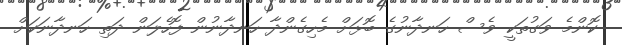
ކޮންމެ ވަގުތަކީ ވެސް ހަނދާނުގެ ބޮޅަށް މެހިގެންދާ ހަނދާނުން ފޮހެލަން ދަތި ހަނދާނަކަށް